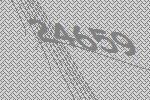
24659